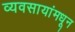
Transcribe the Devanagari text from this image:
व्यवसायांमधून